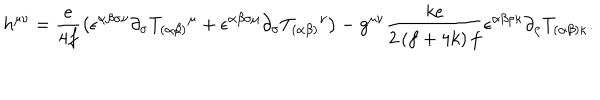
LaTeX: h ^ { \mu \nu } = \frac { e } { 4 f } \left( \epsilon ^ { \alpha \beta \sigma \nu } \partial _ { \sigma } T _ { ( \alpha \beta ) } { } ^ { \mu } + \epsilon ^ { \alpha \beta \sigma \mu } \partial _ { \sigma } T _ { ( \alpha \beta ) } { } ^ { \nu } \right) - g ^ { \mu \nu } \frac { k e } { 2 \left( f + 4 k \right) f } \epsilon ^ { \alpha \beta \rho \kappa } \partial _ { \rho } T _ { ( \alpha \beta ) \kappa } .